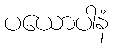
ပယောပါနံ